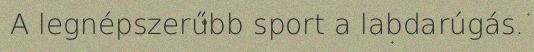
A legnépszerűbb sport a labdarúgás.